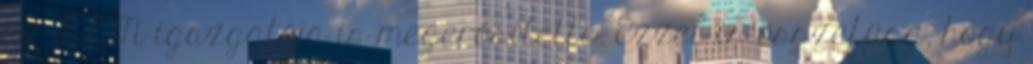
az ILM igazgatója is megerősítette. Ezzel is összefügg, hogy